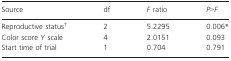
| Source | df | F ratio | P>F |
 | --- | --- | --- | --- |
 | Reproductive status† | 2 | 5.2295 | 0.006* |
 | Color score Y scale | 4 | 2.0151 | 0.093 |
 | Start time of trial | 1 | 0.704 | 0.791 |